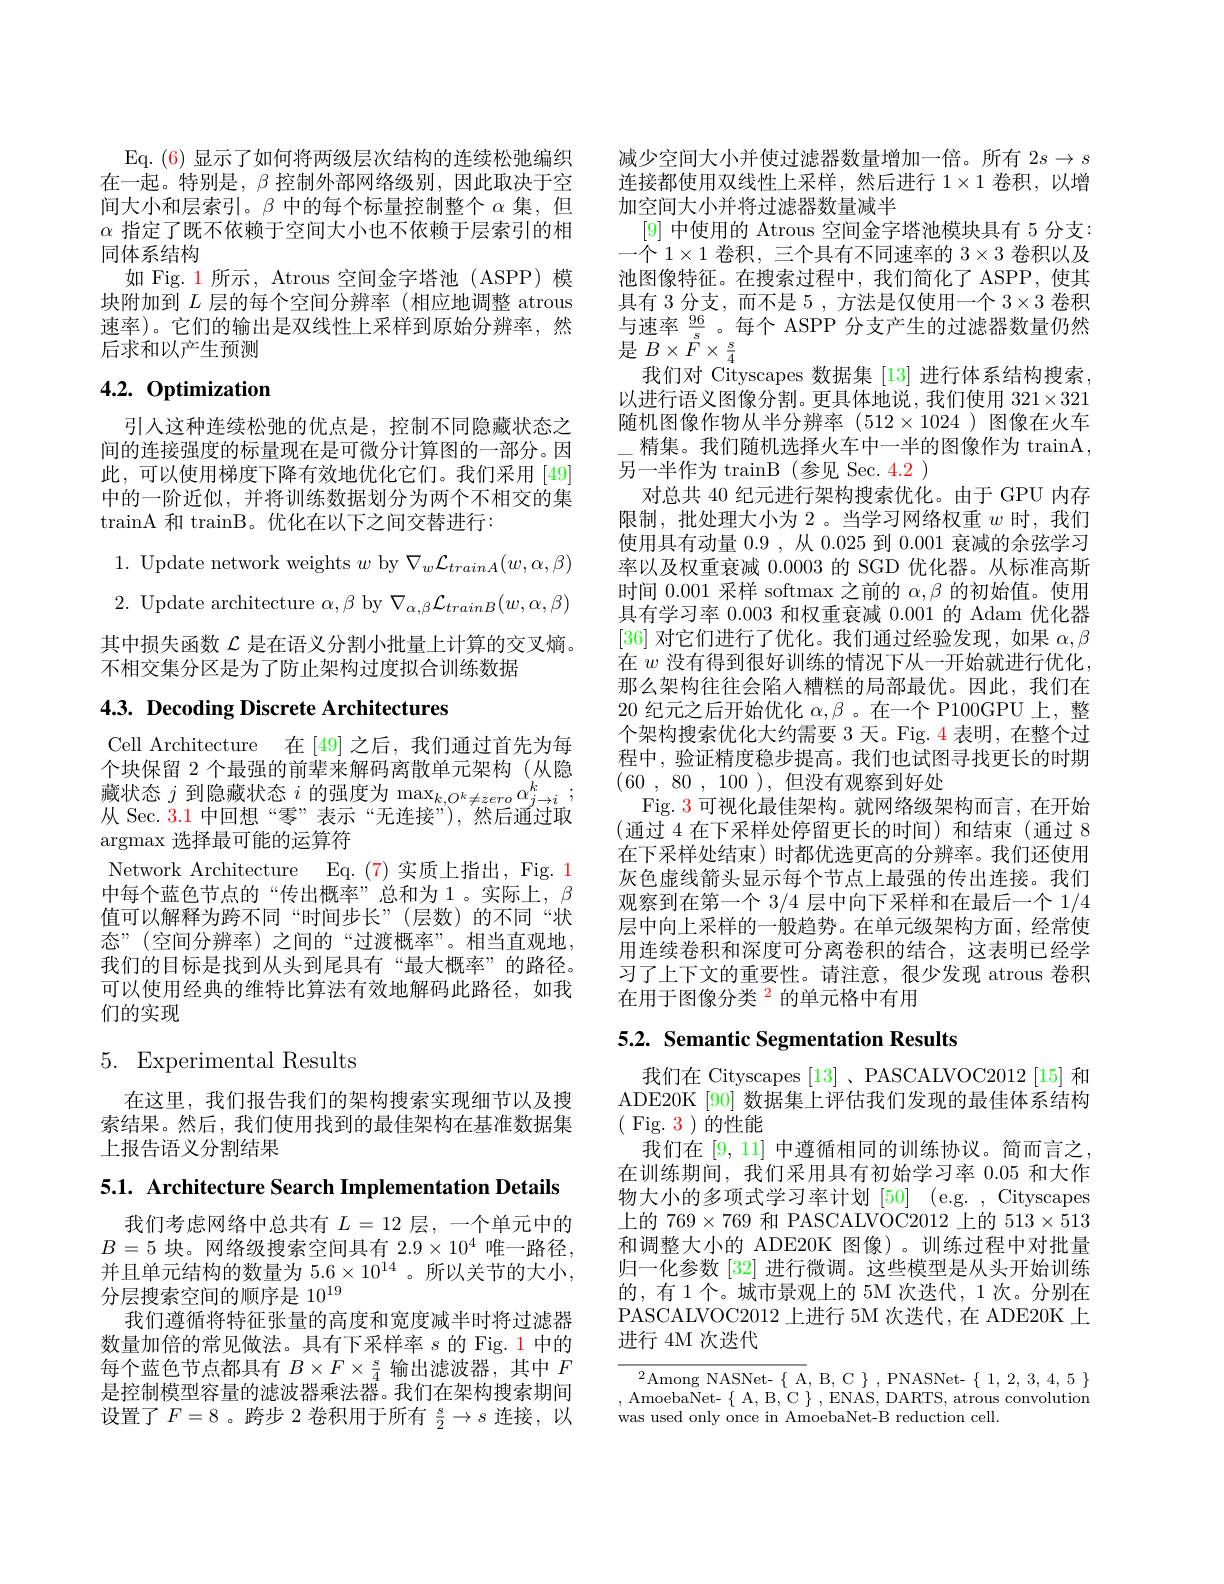
Eq. (6) 显示了如何将两级层次结构的连续松弛编织在一起。特别是，$\beta$控制外部网络级别，因此取决于空间大小和层索引。$\beta$中的每个标量控制整个$\alpha$集，但$\alpha$指定了既不依赖于空间大小也不依赖于层索引的相同体系结构
如 Fig. 1 所示，Atrous 空间金字塔池(ASPP) 模块附加到$L$层的每个空间分辨率(相应地调整 atrous 速率)。它们的输出是双线性上采样到原始分辨率，然后求和以产生预测

# 4.2. Optimization

引入这种连续松弛的优点是，控制不同隐藏状态之间的连接强度的标量现在是可微分计算图的一部分。因此，可以使用梯度下降有效地优化它们。我们采用 [49] 中的一阶近似，并将训练数据划分为两个不相交的集$\operatorname{trainA}$和 trainB。优化在以下之间交替进行：
1. Update network weights $w$ by $\nabla_w\mathcal{L}_{trainA}(w,\alpha,\beta)$ 2. Update architecture $\alpha,\beta$ by $\nabla_\alpha,\beta\mathcal{L}_{trainB}(w,\alpha,\beta)$ 其中损失函数$\mathcal{L}$是在语义分割小批量上计算的交叉熵。不相交集分区是为了防止架构过度拟合训练数据

# 4.3. Decoding Discrete Architectures

Cell Architecture 在 [49] 之后，我们通过首先为每个块保留 2 个最强的前辈来解码离散单元架构 (从隐藏状态$j$到隐藏状态$i$的强度为$\max_k,O^k\neq zero\alpha_{j\to i}^k$, 从 Sec. 3.1 中回想“零”表示“无连接”),然后通过取argmax 选择最可能的运算符
Network Architecture Eq.(7)实质上指出，Fig. 1中每个蓝色节点的“传出概率”总和为1。实际上，$\beta$ 值可以解释为跨不同“时间步长”(层数)的不同“状态”(空间分辨率)之间的“过渡概率”。相当直观地， 我们的目标是找到从头到尾具有“最大概率”的路径。可以使用经典的维特比算法有效地解码此路径，如我们的实现

# 5. Experimental Results

在这里，我们报告我们的架构搜索实现细节以及搜索结果。然后，我们使用找到的最佳架构在基准数据集上报告语义分割结果

5.1. Architecture Search Implementation Details

我们考虑网络中总共有$L=12$层，一个单元中的$B=5$块。网络级搜索空间具有$2.9\times10^4$唯一路径， 并且单元结构的数量为$5.6\times10^{14}$ 。所以关节的大小， 分层搜索空间的顺序是 10$^{19}$
我们遵循将特征张量的高度和宽度减半时将过滤器数量加倍的常见做法。具有下采样率$s$的 Fig. 1 中的每个蓝色节点都具有$B\times F\times\frac{s}{4}$输出滤波器，其中$F$ 是控制模型容量的滤波器乘法器。我们在架构搜索期间设置了$F=8$。跨步 2 卷积用于所有 $\frac s2\to s$ 连接，以

减少空间大小并使过滤器数量增加一倍。所有$2s\to s$ 连接都使用双线性上采样，然后进行$1\times1$卷积，以增加空间大小并将过滤器数量减半
[9]中使用的 Atrous 空间金字塔池模块具有 5 分支： 一个$1\times1$卷积，三个具有不同速率的$3\times3$卷积以及池图像特征。在搜索过程中，我们简化了 ASPP, 使其具有 3 分支，而不是 5 , 方法是仅使用一个$3\times3$卷积与速率$\frac{96}s$ 。每个 ASPP 分支产生的过滤器数量仍然是$B\times\stackrel{s}{F}\times\stackrel{s}{4}$
我们对 Cityscapes 数据集[13]进行体系结构搜索， 以进行语义图像分割。更具体地说，我们使用$321\times321$ 随机图像作物从半分辨率(512$\times1024)图像在火车$
精集。我们随机选择火车中一半的图像作为 trainA,
另一半作为 trainB (参见 Sec. 4.2 )
对总共 40 纪元进行架构搜索优化。由于 GPU 内存限制，批处理大小为 2。当学习网络权重$w$时，我们使用具有动量 0.9 , 从 0.025 到0.001衰减的余弦学习率以及权重衰减0.0003的 SGD 优化器。从标准高斯时间 0.001 采样 softmax 之前的$\alpha,\beta$的初始值。使用具有学习率 0.003 和权重衰减 0.001 的 Adam 优化器[36]对它们进行了优化。我们通过经验发现，如果$\alpha,\beta$ 在$w$没有得到很好训练的情况下从一开始就进行优化， 那么架构往往会陷入糟糕的局部最优。因此，我们在20纪元之后开始优化$\alpha,\beta$ 。在一个 P100GPU 上，整个架构搜索优化大约需要 3 天。Fig. 4 表明，在整个过程中，验证精度稳步提高。我们也试图寻找更长的时期(60 , 80 , 100 ) , 但没有观察到好处
Fig. $\color{red}{3}$可视化最佳架构。就网络级架构而言，在开始(通过 4 在下采样处停留更长的时间)和结束(通过 8在下采样处结束)时都优选更高的分辨率。我们还使用灰色虚线箭头显示每个节点上最强的传出连接。我们观察到在第一个3/4层中向下采样和在最后一个 1/4层中向上采样的一般趋势。在单元级架构方面，经常使用连续卷积和深度可分离卷积的结合，这表明已经学习了上下文的重要性。请注意，很少发现 atrous 卷积在用于图像分类$^{\color{red}2}$的单元格中有用

# 5.2. Semantic Segmentation Results

我们在 Cityscapes [13]、PASCALVOC2012 [15] 和ADE20K[90] 数据集上评估我们发现的最佳体系结构( Fig. 3)的性能
我们在[9,11]中遵循相同的训练协议。简而言之， 在训练期间，我们采用具有初始学习率 0.05 和大作物大小的多项式学习率计划[50] (e.g. , Cityscapes 上的 769$\times769$和 PASCALVOC2012 上的 513$\times513$ 和调整大小的 ADE20K 图像)。训练过程中对批量归一化参数 [32] 进行微调。这些模型是从头开始训练的，有 1个。城市景观上的 5M 次迭代，1 次。分别在PASCALVOC2012 上进行 5M 次迭代，在 ADE20K 上进行 4M 次迭代

$^2$Among NASNet-$\{$A,B,C$\}$,PNASNet-$\{1,2,3,4,5\}$ ,AmoebaNet-$\{$A,B,C$\}$,ENAS,DARTS,atrous convolution was used only once in AmoebaNet-B reduction cell